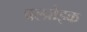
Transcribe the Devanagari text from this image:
वल्प्रोइक